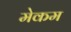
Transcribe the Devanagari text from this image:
मेकम